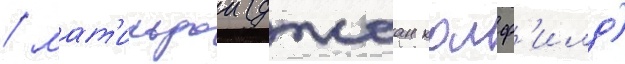
/ мат'ильдои (джоан колф'илд)